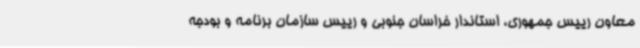
معاون رییس جمهوری، استاندار خراسان جنوبی و رییس سازمان برنامه و بودجه